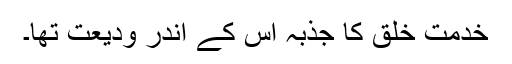
خدمتِ خلق کا جذبہ اس کے اندر ودیعت تھا۔